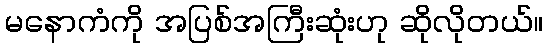
မနောကံကို အပြစ်အကြီးဆုံးဟု ဆိုလိုတယ်။